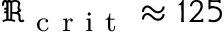
\Re _ { \mathrm { ~ c ~ r ~ i ~ t ~ } } \approx 1 2 5